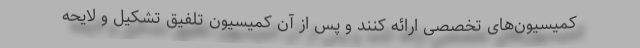
کمیسیون‌های تخصصی ارائه کنند و پس از آن کمیسیون تلفیق تشکیل و لایحه